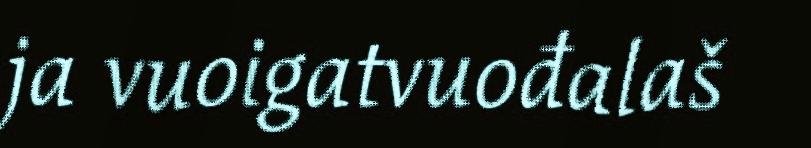
ja vuoigatvuođalaš